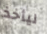
ليأخذ